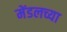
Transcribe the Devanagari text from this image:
मेंडलच्या